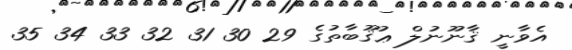
އެވާނީ ޤާނޫނުލް ޢުޤޫބާތުގެ 29 30 31 32 33 34 35